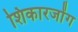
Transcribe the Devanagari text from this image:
शिकारजोंग